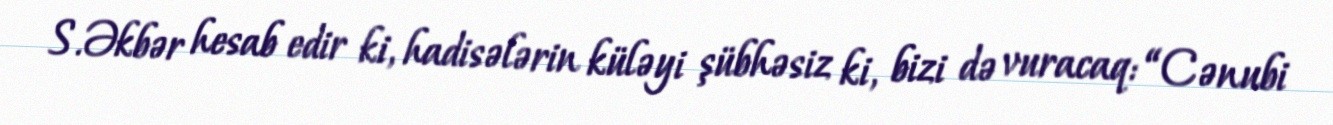
S.Əkbər hesab edir ki, hadisələrin küləyi şübhəsiz ki, bizi də vuracaq: “Cənubi